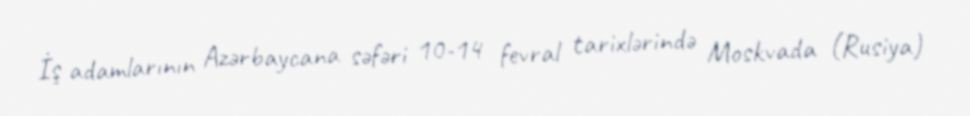
İş adamlarının Azərbaycana səfəri 10-14 fevral tarixlərində Moskvada (Rusiya)